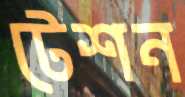
টেশন